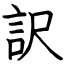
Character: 訳